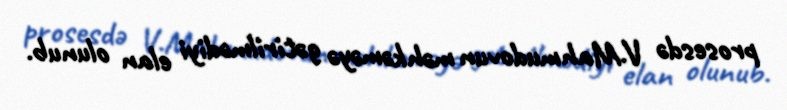
prosesdə V.Mahmudovun məhkəməyə gətirilmədiyi elan olunub.